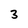
Character: 3